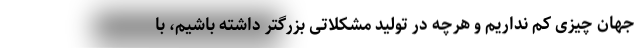
جهان چیزی کم نداریم و هرچه در تولید مشکلاتی بزرگتر داشته باشیم، با